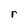
Character: r